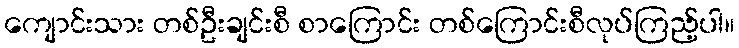
ကျောင်းသား တစ်ဦးချင်းစီ စာကြောင်း တစ်ကြောင်းစီလုပ်ကြည့်ပါ။